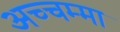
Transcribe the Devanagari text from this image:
अच्चम्मा